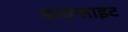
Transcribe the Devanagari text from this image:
बाक्‍साइट